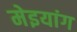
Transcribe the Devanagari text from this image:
मेइयांग